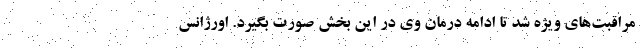
مراقبت‌های ویژه شد تا ادامه درمان وی در این بخش صورت بگیرد. اورژانس